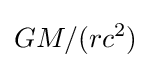
GM/(rc^{2})